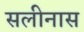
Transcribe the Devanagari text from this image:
सलीनास